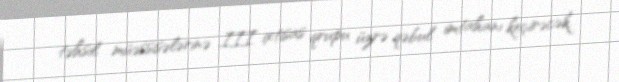
təhsil müəssisələrinə III ixtisas qrupu üzrə qəbul imtahanı keçirəcək.